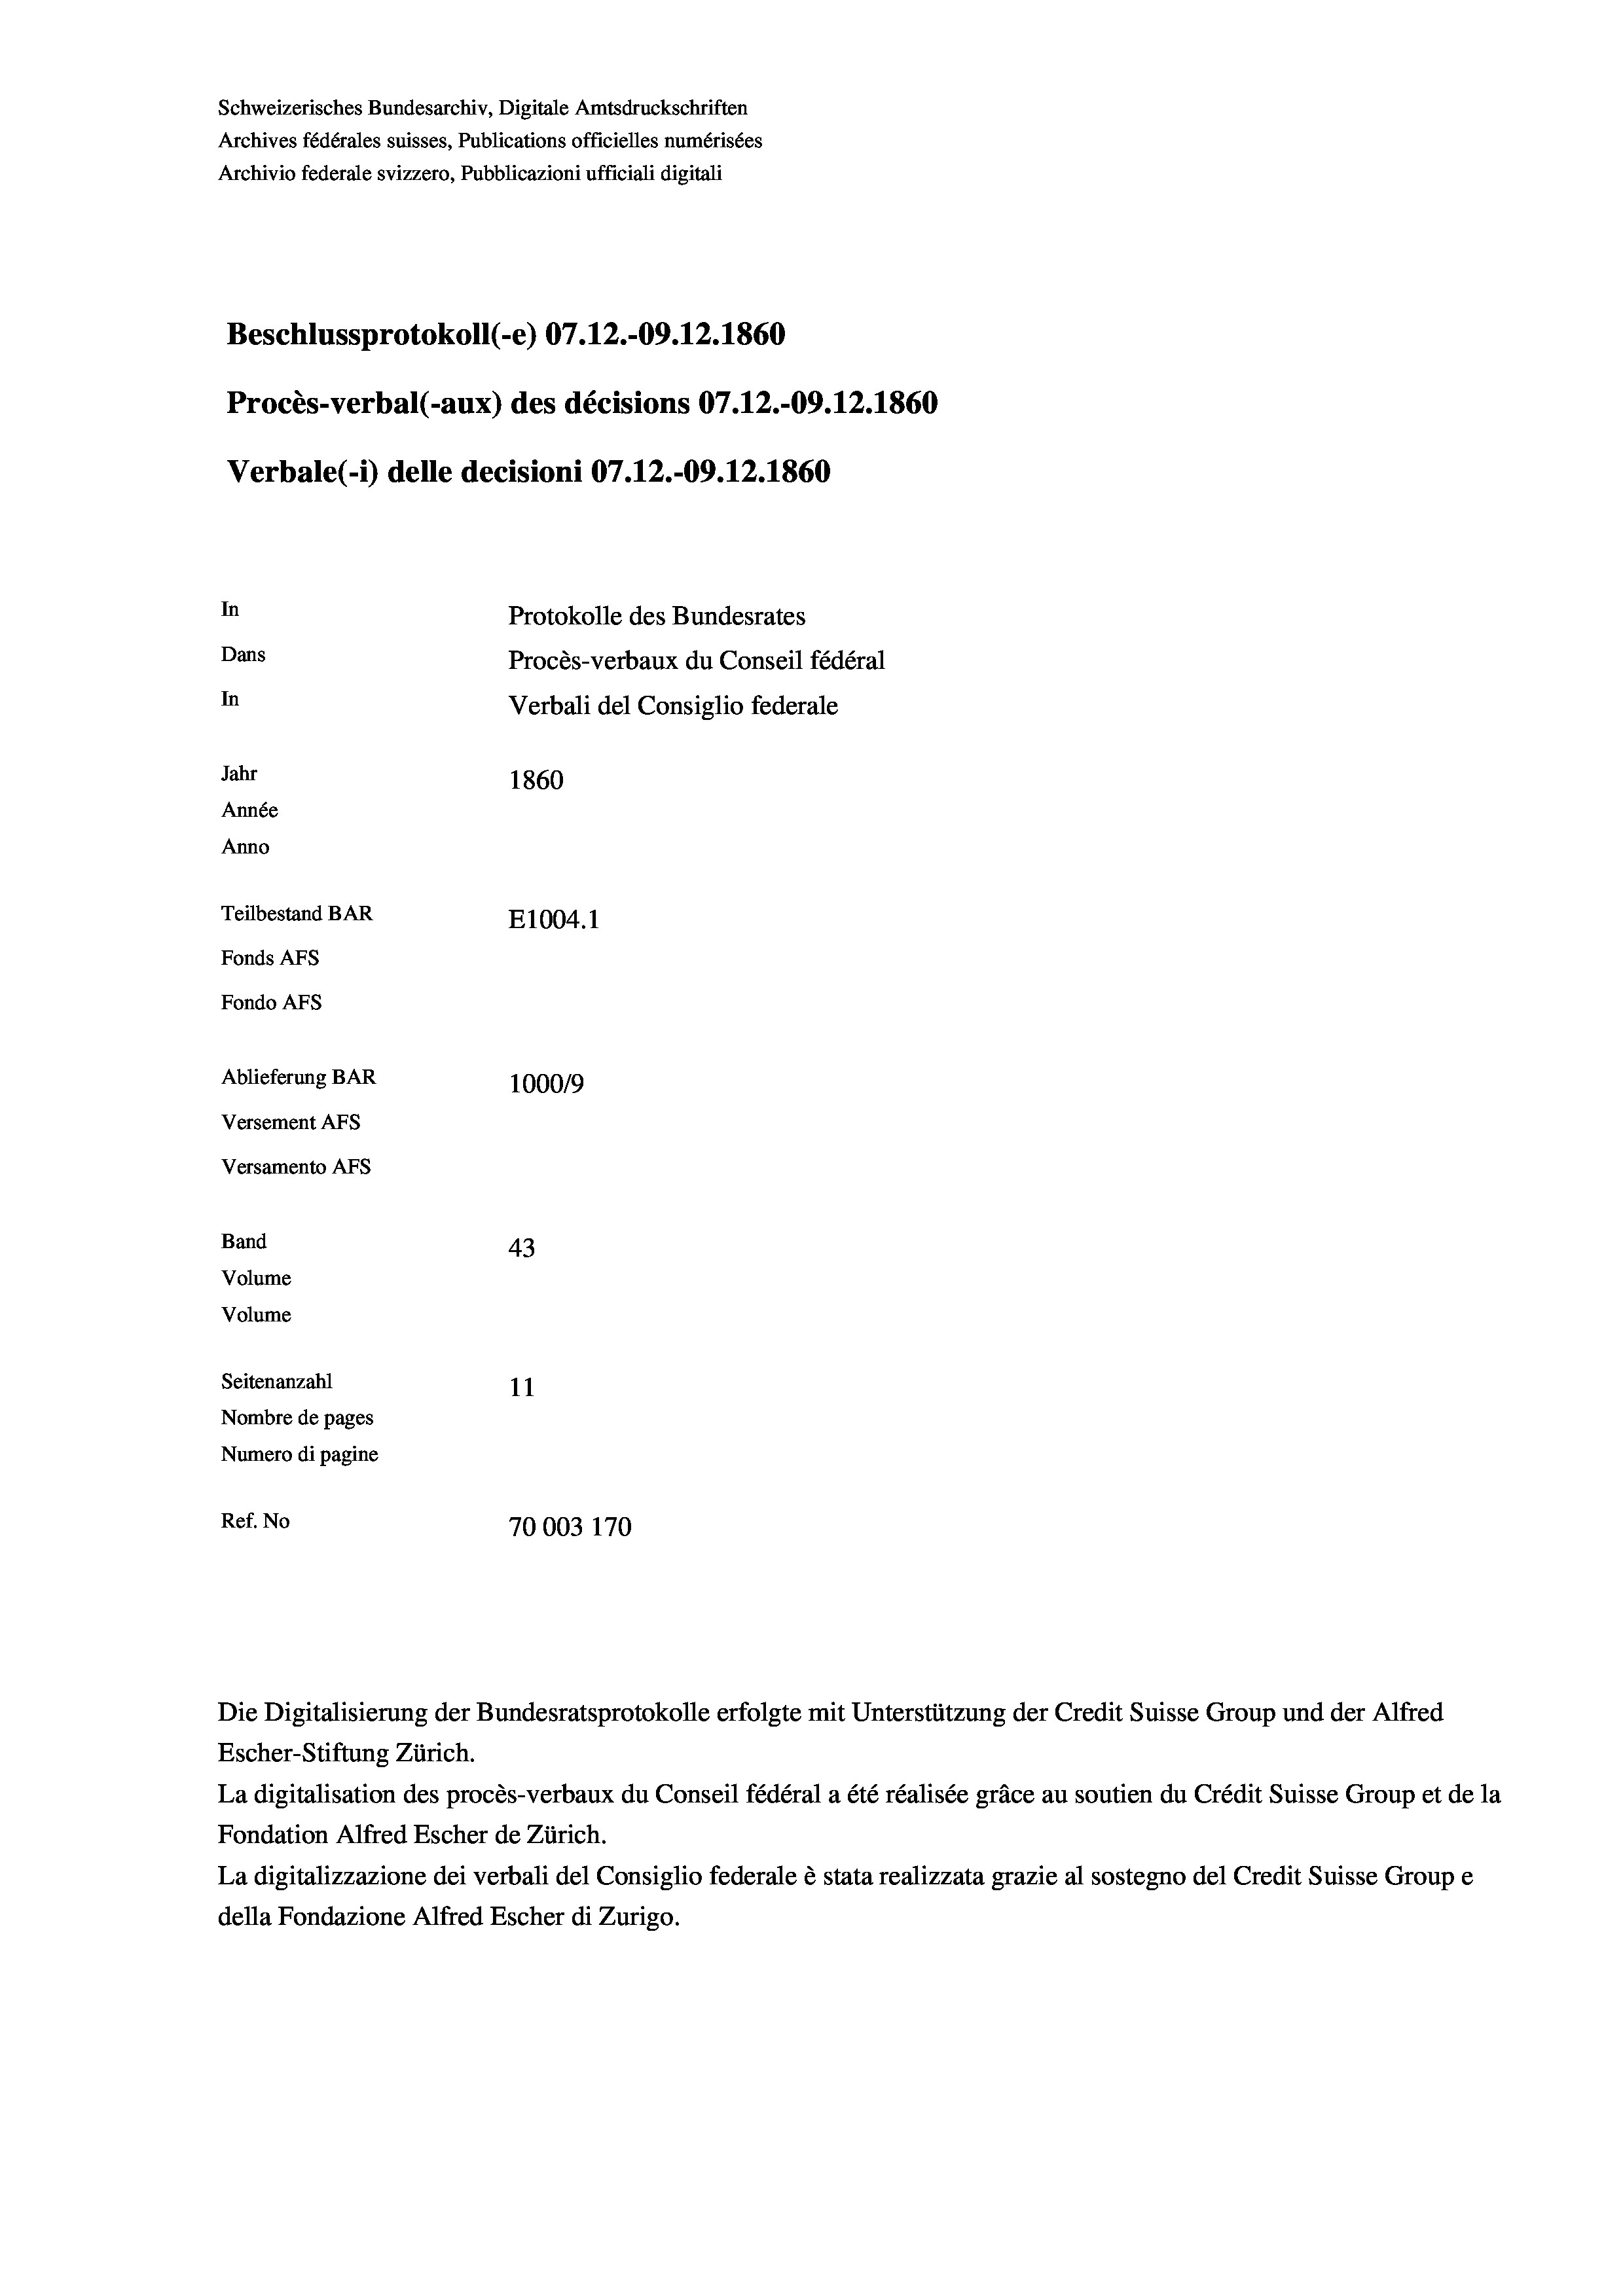
Schweizerisches Bundesarchiv, Digitale Amtsdruckschriften
Archives fédérales suisses, Publications officielles numérisées
Archivio federale svizzero, Pubblicazioni ufficiali digitali
Beschlussprotokoll (-e) 07.12.-09. 12. 1860
Procès-verbal (-aux) des décisions 07.12.-09. 12. 1860
Verbale(-*) delle decisioni 07.12.-09. 12. 1860
In
Protokolle des Bundesrates
Dans
Procès-verbaux du Conseil fédéral
In
Verbali del Consiglio federale
Jahr
1860
Année
Anno
Teilbestand BAR
E1004.1
Fonds AFs
Fondo Afs

Ablieferung BAR
Versement AFs
Versamento AFs
Band
Volume
Volume

43
Seitenanzahl
11
Nombre de pages
Numero di pagine
Ref. No
70003 170

100019

Escher-Stiftung Zürich.
La digitalisation des procès-verbaux du Conseil fédéral a été réalisée gräce au soutien du Crédit Suisse Group et de la
Fondation Alfred Escher de Zürich.
La digitalizzazione dei verbali del Consiglio federale è stata realizzata grazie al sostegno del Credit Suisse Groupe
della Fondazione Alfred Escher di Zurigo.

Die Digitalisierung der Bundesratsprotokolle erfolgte mit Unterstützung der Credit Suisse Group und der Alfred